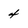
Character: 4